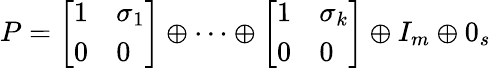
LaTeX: P={\left[\begin{array}{ll}{1}&{\sigma_{1}}\\ {0}&{0}\end{array}\right]}\oplus\cdots\oplus{\left[\begin{array}{ll}{1}&{\sigma_{k}}\\ {0}&{0}\end{array}\right]}\oplus I_{m}\oplus 0_{s}